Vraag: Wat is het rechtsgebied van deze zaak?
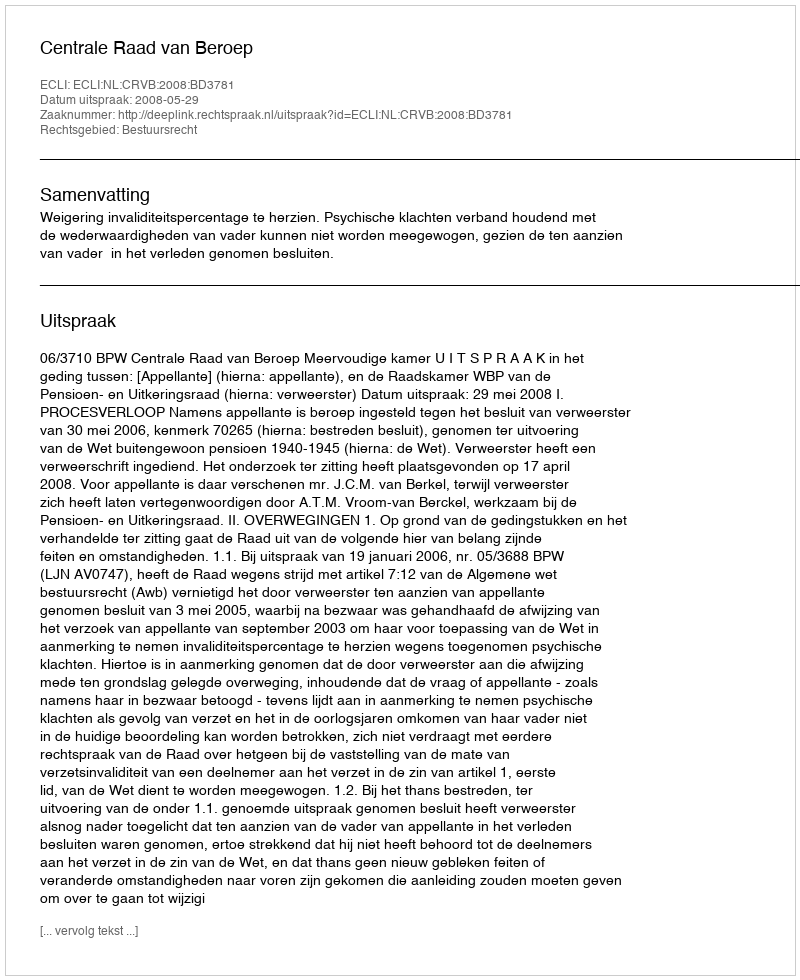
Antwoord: Bestuursrecht